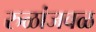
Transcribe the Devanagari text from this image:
रुळांजवळ